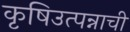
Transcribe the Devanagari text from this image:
कृषिउत्पन्नाची